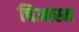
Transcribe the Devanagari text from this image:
चिआस्म